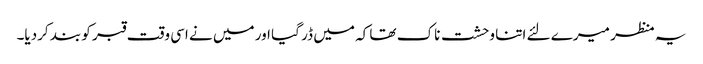
یہ منظر میرے لئے اتنا وحشت ناک تھا کہ میں ڈر گیا اور میں نے اسی وقت قبر کو بند کردیا۔